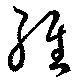
經